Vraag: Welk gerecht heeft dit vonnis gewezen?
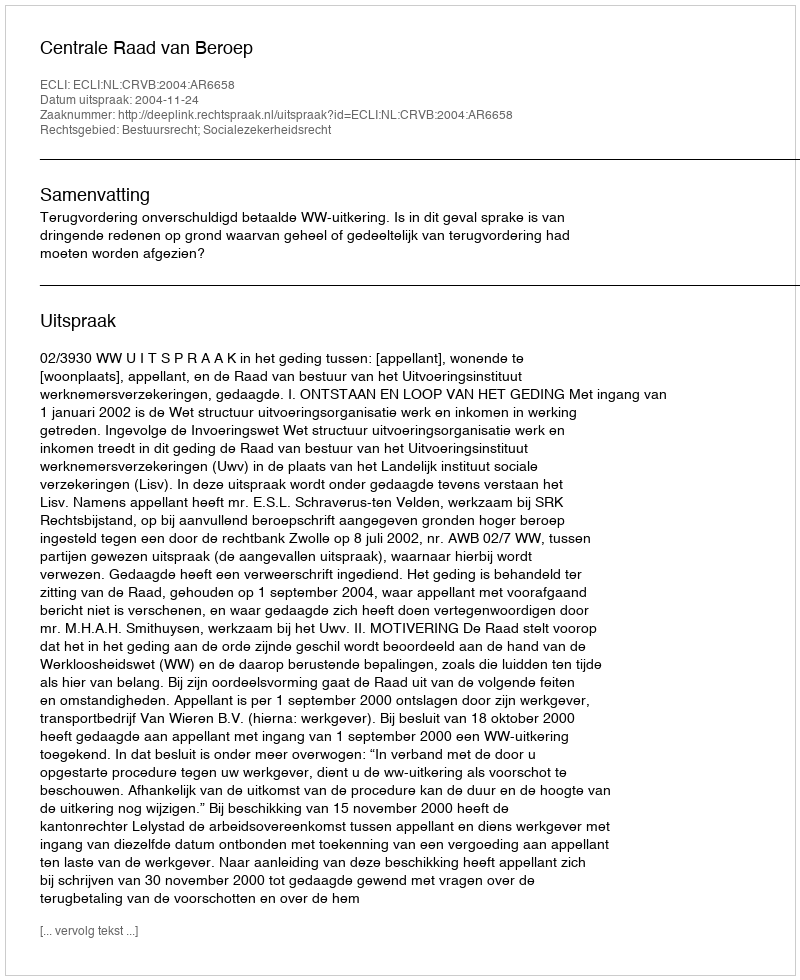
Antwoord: Centrale Raad van Beroep